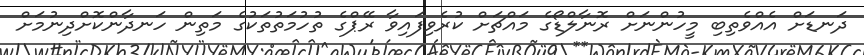
ދަނޑަށް އެއްވެތިބި މީހުންނަށް ރޮނާލްޑޯގެ މައްޗަށް ކުރެވިފައިވާ ރޭޕްގެ ތުހުމަތުތަކުގެ މަތިން ހަނދާންކޮށްދިނުމަށް